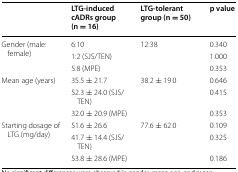
|  | LTG-induced cADRs group (n = 16) | LTG-tolerant group (n = 50) | p value |
 | --- | --- | --- | --- |
 | <ROWSPAN=3> Gender (male: female) | 6:10 | 12:38 | 0.340 |
 | 1:2 (SJS/TEN) |  | 1.000 |
 | 5:8 (MPE) |  | 0.353 |
 | <ROWSPAN=3> Mean age (years) | 35.5 ± 21.7 | 38.2 ± 19.0 | 0.646 |
 | 52.3 ± 24.0 (SJS/TEN) |  | 0.415 |
 | 32.0 ± 20.9 (MPE) |  | 0.353 |
 | <ROWSPAN=3> Starting dosage of LTG (mg/day) | 51.6 ± 26.6 | 77.6 ± 62.0 | 0.109 |
 | 41.7 ± 14.4 (SJS/TEN) |  | 0.325 |
 | 53.8 ± 28.6 (MPE) |  | 0.186 |